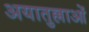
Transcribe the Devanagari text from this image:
अयातुल्लाओं